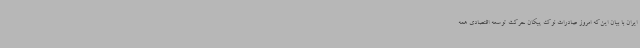
ایران با بیان این‌که امروز صادرات نوک پیکان حرکت توسعه اقتصادی همه